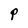
Character: P